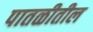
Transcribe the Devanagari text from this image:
पातळीतील